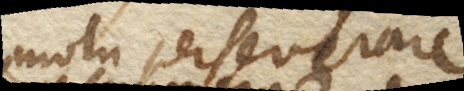
motu perseverare